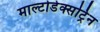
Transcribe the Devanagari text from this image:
माल्टोडेक्सट्रिन